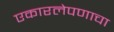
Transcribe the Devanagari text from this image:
एकारलेपणाचा